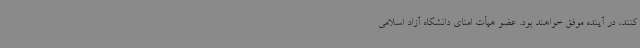
کنند، در آینده موفق خواهند بود. عضو هیأت امنای دانشگاه آزاد اسلامی